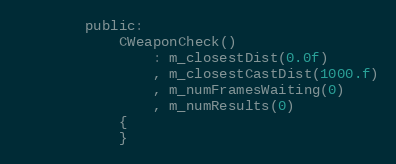
Language: C
		public:
			CWeaponCheck()
				: m_closestDist(0.0f)
				, m_closestCastDist(1000.f)
				, m_numFramesWaiting(0)
				, m_numResults(0)
			{
			}